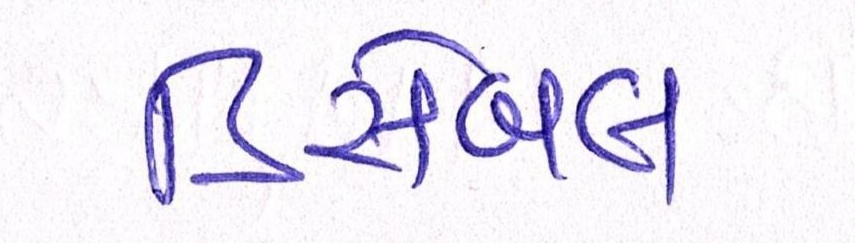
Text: ડિસેબલ